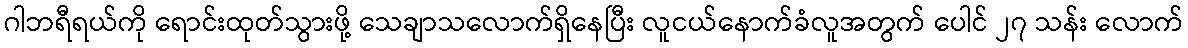
ဂါဘရီရယ်ကို ရောင်းထုတ်သွားဖို့ သေချာသလောက်ရှိနေပြီး လူငယ်နောက်ခံလူအတွက် ပေါင် ၂၇ သန်း လောက်